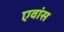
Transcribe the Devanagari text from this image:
एवांस